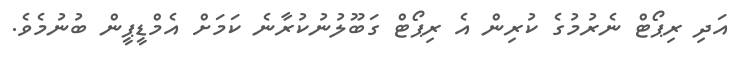
އަދި ރިޕޯޓް ނެރުމުގެ ކުރިން އެ ރިޕޯޓް ގަބޫލުނުކުރާނެ ކަމަށް އެމްޑީޕީން ބުނުމެވެ.